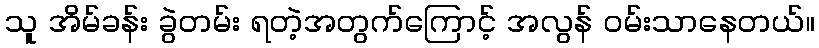
သူ အိမ်ခန်း ခွဲတမ်း ရတဲ့အတွက်ကြောင့် အလွန် ဝမ်းသာနေတယ်။